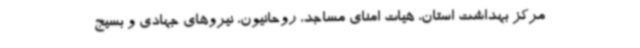
مرکز بهداشت استان، هیات امنای مساجد، روحانیون، نیروهای جهادی و بسیج